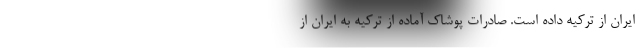
ایران از ترکیه داده است. صادرات پوشاک آماده از ترکیه به ایران از